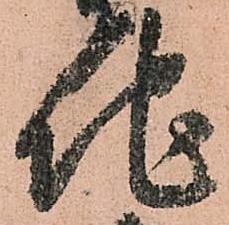
地